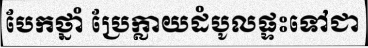
បែកថ្នាំ ប្រែក្លាយដំបូលផ្ទះទៅជា